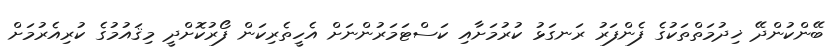
ބޭންކުންދޭ ޚިދުމަތްތަކުގެ ފެންފަރު ރަނގަޅު ކުރުމަށާއި ކަސްޓަމަރުންނަށް އެހީތެރިކަން ފޯރުކޮށްދީ މިޤައުމުގެ ކުރިއެރުމަށް